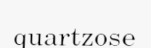
quartzose